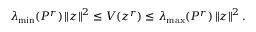
\begin{array} { r } { \lambda _ { \operatorname* { m i n } } ( P ^ { r } ) \left\| z \right\| ^ { 2 } \leq V ( z ^ { r } ) \leq \lambda _ { \operatorname* { m a x } } ( P ^ { r } ) \left\| z \right\| ^ { 2 } . } \end{array}